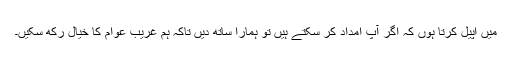
میں اپیل کرتا ہوں کہ اگر آپ امداد کر سکتے ہیں تو ہمارا ساتھ دیں تاکہ ہم غریب عوام کا خیال رکھ سکیں۔